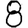
Digit: 8